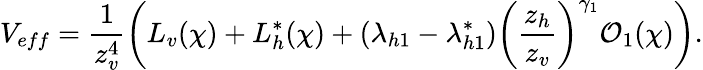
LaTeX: V_{eff}=\frac{1}{z_{v}^{4}}\left(L_{v}(\chi)+L_{h}^{*}(\chi)+(\lambda_{h1}-\lambda_{h1}^{*})\left(\frac{z_{h}}{z_{v}}\right)^{\gamma_{1}}{\cal O}_{1}(\chi)\right).